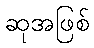
ဆုအဖြစ်